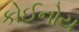
કોઈનોય